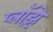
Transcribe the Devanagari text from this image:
प्लॉझ़े